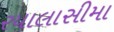
રયાલાસીમા